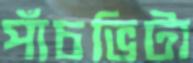
পাঁচভিটা